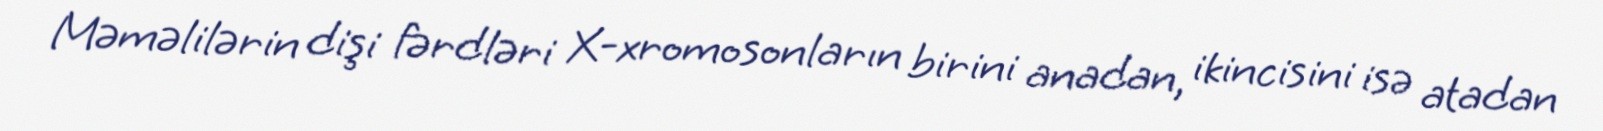
Məməlilərin dişi fərdləri X-xromosonların birini anadan, ikincisini isə atadan